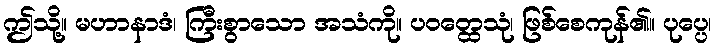
ဤသို့။ မဟာနာဒံ၊ ကြီးစွာသော အသံကို။ ပဝတ္ထေသုံ၊ ဖြစ်စေကုန်၏။ ပုပ္ပေ၊